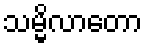
သမ္မိလာတော